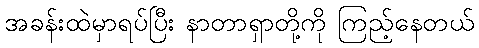
အခန်းထဲမှာရပ်ပြီး နာတာရှာတို့ကို ကြည့်နေတယ်